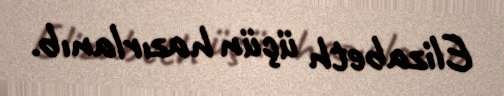
Elizabeth üçün hazırlanıb.